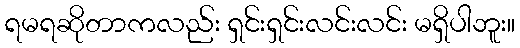
ရမရဆိုတာကလည်း ရှင်းရှင်းလင်းလင်း မရှိပါဘူး။